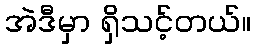
အဲဒီမှာ ရှိသင့်တယ်။